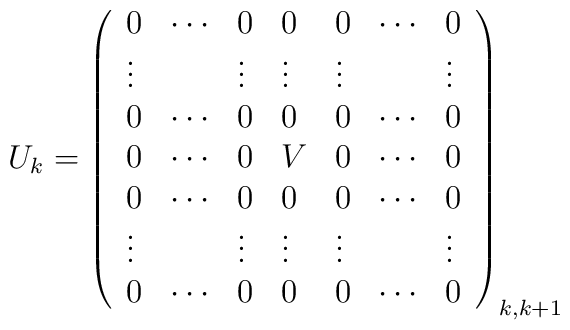
U_{k}=\left( \begin{array}{lllllll}0 & \cdots & 0 & 0 & 0 & \cdots & 0 \\ \vdots &  & \vdots & \vdots & \vdots &  & \vdots \\ 0 & \cdots & 0 & 0 & 0 & \cdots & 0 \\ 0 & \cdots & 0 & V & 0 & \cdots & 0 \\ 0 & \cdots & 0 & 0 & 0 & \cdots & 0 \\ \vdots &  & \vdots & \vdots & \vdots &  & \vdots \\ 0 & \cdots & 0 & 0 & 0 & \cdots & 0\end{array}\right) _{k,k+1}